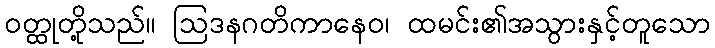
ဝတ္ထုတို့သည်။ ဩဒနဂတိကာနေဝ၊ ထမင်း၏အသွားနှင့်တူသော